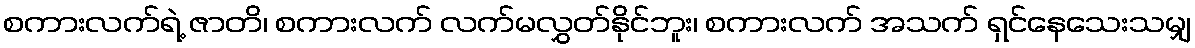
စကားလက်ရဲ့ ဇာတိ၊ စကားလက် လက်မလွှတ်နိုင်ဘူး၊ စကားလက် အသက် ရှင်နေသေးသမျှ